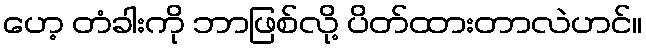
ဟေ့ တံခါးကို ဘာဖြစ်လို့ ပိတ်ထားတာလဲဟင်။